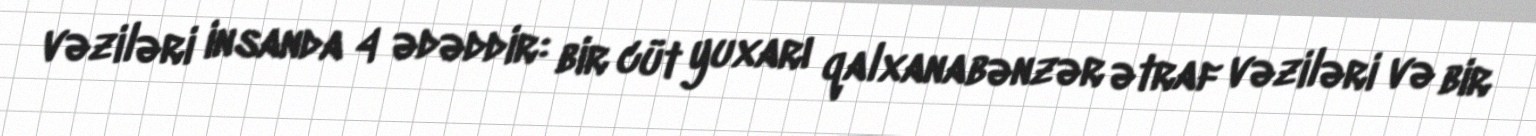
vəziləri insanda 4 ədəddir: bir cüt yuxarı qalxanabənzər ətraf vəziləri və bir